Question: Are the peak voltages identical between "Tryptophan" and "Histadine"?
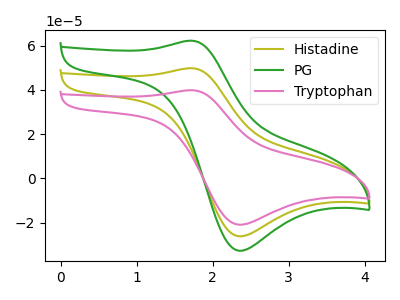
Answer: <think>The olive curve "Histadine" has an anodic peak at (1.70V, 49.75uA) and a cathodic peak at (2.35V, -26.15uA). The green curve "PG" has an anodic peak at (1.70V, 99.50uA) and a cathodic peak at (2.35V, -52.35uA). The pink curve "Tryptophan" has an anodic peak at (1.70V, 39.80uA) and a cathodic peak at (2.35V, -20.95uA).</think>
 <answer>Yes, "Tryptophan" have a peak in "Histadine" at the same potential.</answer>
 <eval>match</eval>